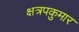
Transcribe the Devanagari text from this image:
क्षत्रपकुमार